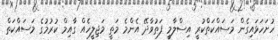
ހުށަހަޅައިގެން މަސައްކަތްކުރީ އިސްލާމީ ފަތުވާދޭ އެންމެ މަތީ މަޖިލީހެއް ގާއިމް ކުރުމުގެ މަސައްކަތް